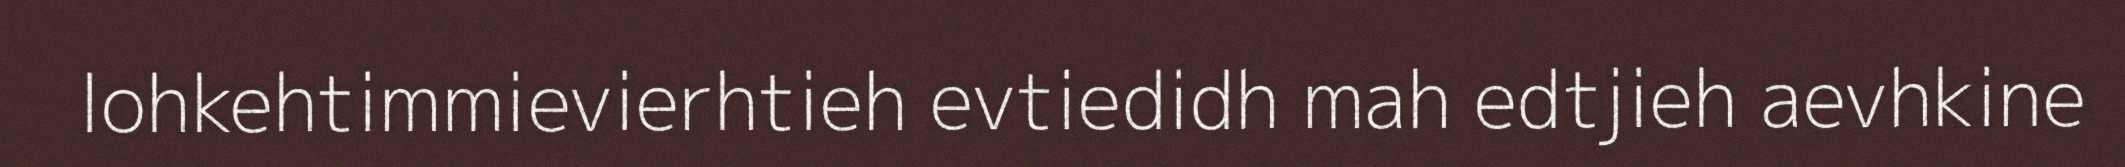
lohkehtimmievierhtieh evtiedidh mah edtjieh aevhkine